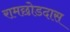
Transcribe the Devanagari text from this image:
रामछोडदास